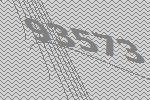
93573